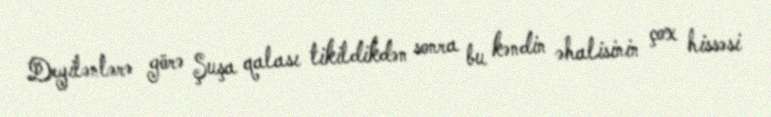
Deyilənlərə görə Şuşa qalası tikildikdən sonra bu kəndin əhalisinin çox hissəsi